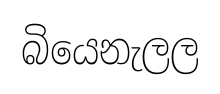
බියෙනැලල